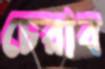
চেরাব